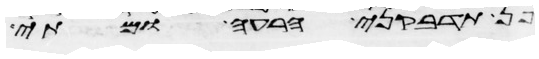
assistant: פן תדבקני הרעה ומתי